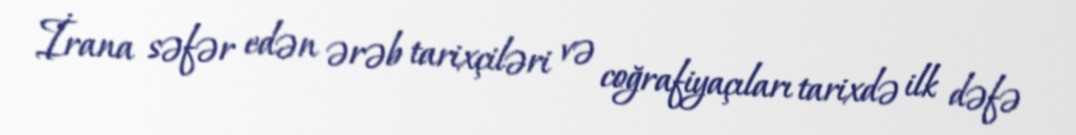
İrana səfər edən ərəb tarixçiləri və coğrafiyaçıları tarixdə ilk dəfə